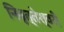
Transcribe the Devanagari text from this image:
निवृत्तेश्वरी